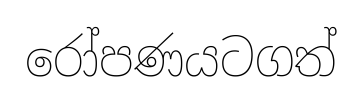
රෝපණයටගත්